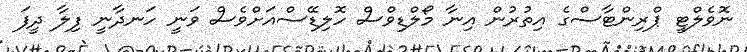
ނޮވެލްޓީ ޕްރިންޓާސްގެ އިތުރުން އިނާ މޯލްޑިވްސް ހޮލިޑޭސްއަށްވެސް ވަނީ ހަނދާނީ ފިލާ ދީފަ